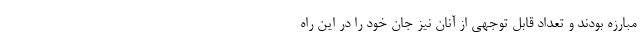
مبارزه بودند و تعداد قابل توجهی از آنان نیز جان خود را در این راه